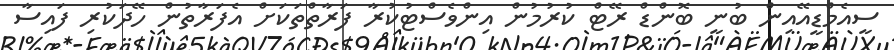
ސީއެމްޑީއޭއިން ބުނީ ބޮންޑް ރޭޓް ކުރުމުން އިންވެސްޓުކުރާ ފަރާތްތަކަށް އެފަރާތުން ހޭދަކުރި ފައިސާ